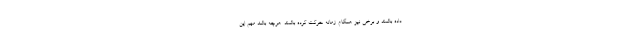
داده باشند و برخی نیز همگام زمانه حرکت کرده باشند. هرچه باشد مهم این